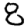
Digit: 8